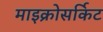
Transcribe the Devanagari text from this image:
माइक्रोसर्किट